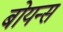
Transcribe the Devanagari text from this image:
बोयन्स